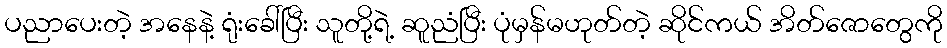
ပညာပေးတဲ့ အနေနဲ့ ရုံးခေါ်ပြီး သူတို့ရဲ့ ဆူညံပြီး ပုံမှန်မဟုတ်တဲ့ ဆိုင်ကယ် အိတ်ဇောတွေကို